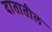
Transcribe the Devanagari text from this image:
दातातील